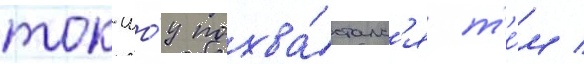
ток-шо́у похва́сталс'я т'е́м /